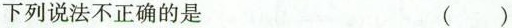
下列说法不正确的是()